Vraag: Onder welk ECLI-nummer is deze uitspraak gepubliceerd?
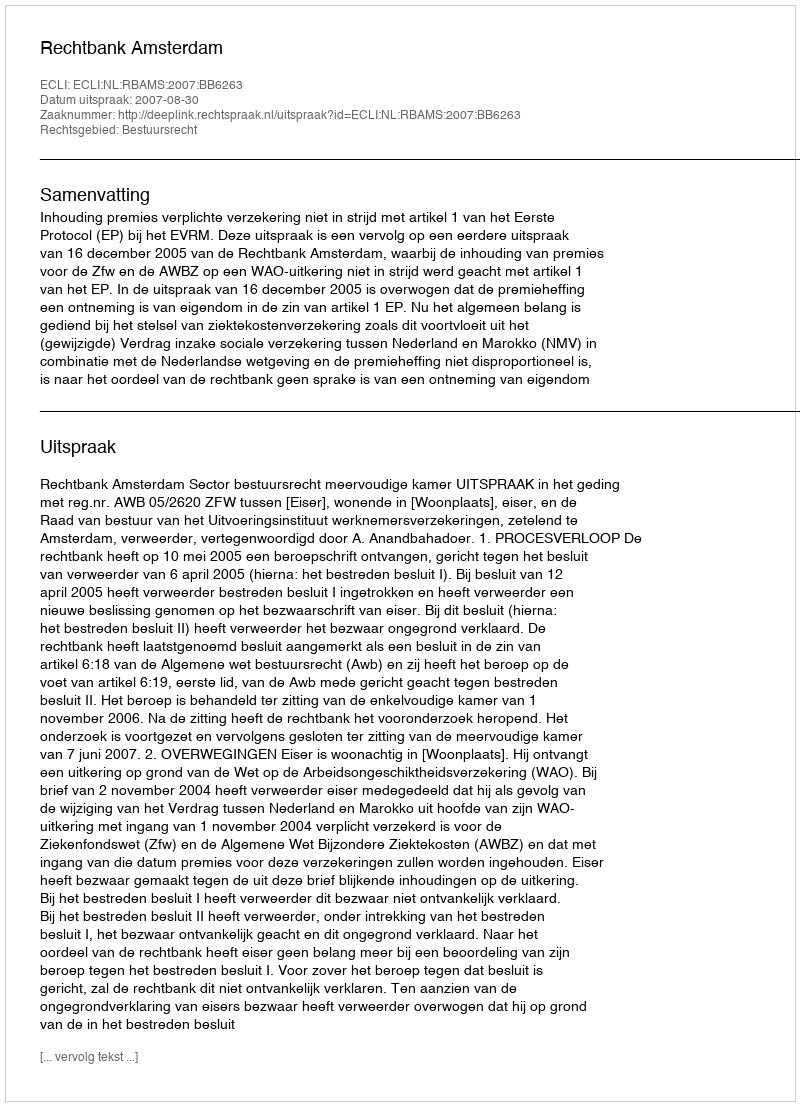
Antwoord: ECLI:NL:RBAMS:2007:BB6263